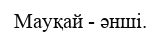
Мауқай - әнші.